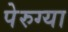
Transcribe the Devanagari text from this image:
पेरुग्या